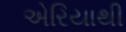
એરિયાથી